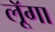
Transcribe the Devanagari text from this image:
लूॅगा